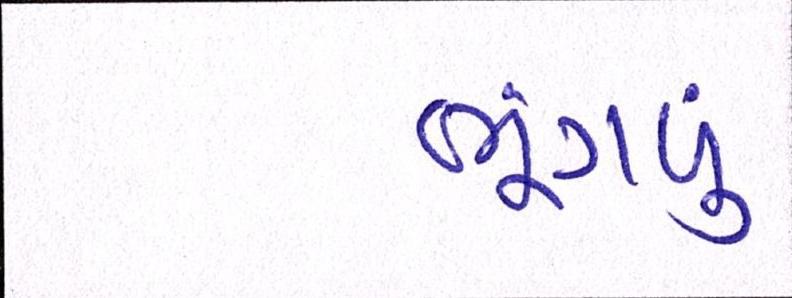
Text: ભૂંગળું